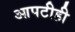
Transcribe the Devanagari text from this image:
आपटीही